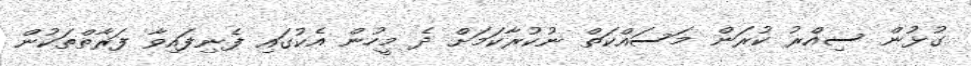
ގުޅުން ސިއްރު ކުރަން މަސައްކަތް ނުކުރާކަމަށް ދެ މީހުން އެކުގައި ފެނިފައިވާ ފަރާތްތަކުން